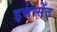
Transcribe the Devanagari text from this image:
इन्नासेंट